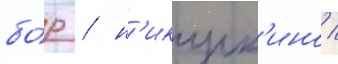
бо́р / н'икулк'ино /